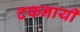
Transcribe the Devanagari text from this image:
दफनायी